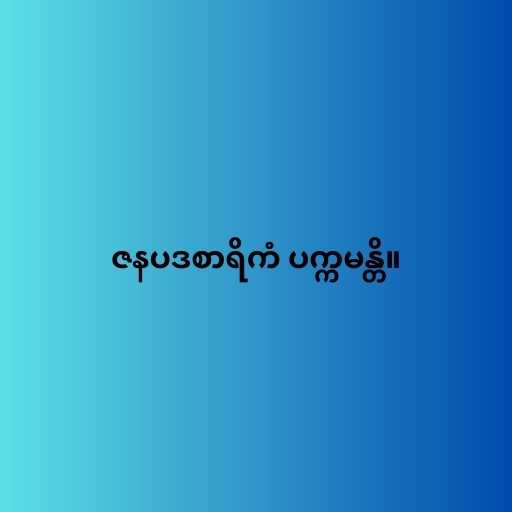
ဇနပဒစာရိကံ ပက္ကမန္တိ။